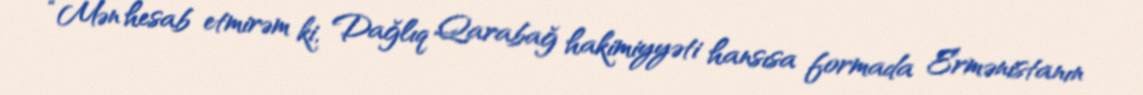
“Mən hesab etmirəm ki, Dağlıq Qarabağ hakimiyyəti hansısa formada Ermənistanın